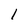
Character: 1